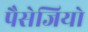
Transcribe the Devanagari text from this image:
पैसेजियो